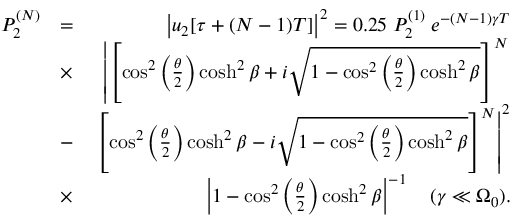
\begin{array} { r l r } { P _ { 2 } ^ { ( N ) } } & { = } & { \left| u _ { 2 } [ \tau + ( N - 1 ) T ] \right| ^ { 2 } = 0 . 2 5 \; P _ { 2 } ^ { ( 1 ) } \; e ^ { - ( N - 1 ) \gamma T } } \\ & { \times } & { \left| \left[ \cos ^ { 2 } \left( \frac { \theta } { 2 } \right) \cosh ^ { 2 } \beta + i \sqrt { 1 - \cos ^ { 2 } \left( \frac { \theta } { 2 } \right) \cosh ^ { 2 } \beta } \right] ^ { N } \right. } \\ & { - } & { \left. \left[ \cos ^ { 2 } \left( \frac { \theta } { 2 } \right) \cosh ^ { 2 } \beta - i \sqrt { 1 - \cos ^ { 2 } \left( \frac { \theta } { 2 } \right) \cosh ^ { 2 } \beta } \right] ^ { N } \right| ^ { 2 } } \\ & { \times } & { \left| 1 - \cos ^ { 2 } \left( \frac { \theta } { 2 } \right) \cosh ^ { 2 } \beta \right| ^ { - 1 } \quad ( \gamma \ll \Omega _ { 0 } ) . } \end{array}